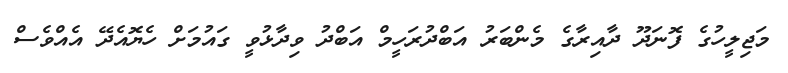
މަޖިލީހުގެ ފޮނަދޫ ދާއިރާގެ މެންބަރު އަބްދުރަހީމް އަބްދު ވިދާޅުވީ ގައުމަށް ހެޔޮއެދޭ އެއްވެސް